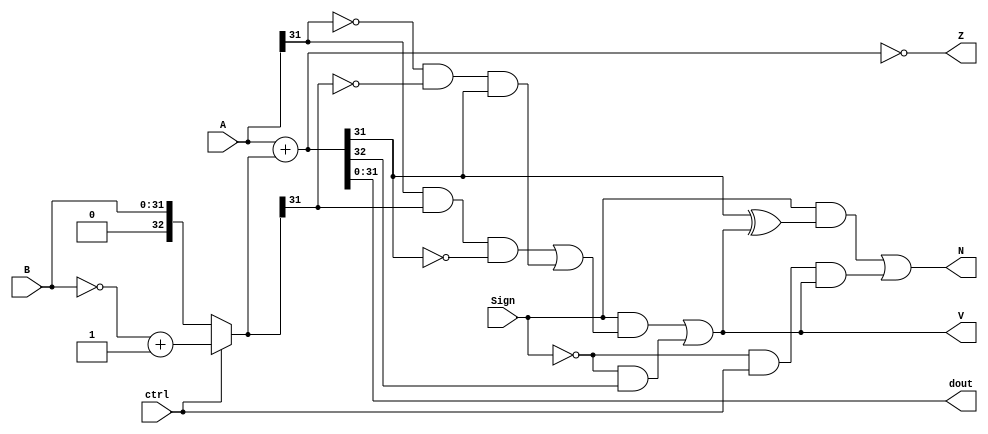
module adder(
    output Z,  // Zero.
    output V,  // Overflow.
    output N,  // Negative.
    output [31:0] dout,
    input [31:0] A,
    input [31:0] B,
    input ctrl,  // 0 to add, 1 to sub.
    input Sign   // Useless here, because we don't have overflow exception.
);

wire [32:0] num1 = {1'b0, A};
wire [32:0] num2 = ctrl ? (~{1'b0, B} + 1'b1) : {1'b0, B};
wire [32:0] sum = num1 + num2;

assign dout = sum[31:0],
       Z = (sum == 0),
                                                        // Signed:
       V = Sign & ( A[31] &  num2[31] & ~dout[31] |     // neg + neg = pos.
                   ~A[31] & ~num2[31] &  dout[31]) |    // pos + pos = neg.
           ~Sign & sum[32],  // Unsigned: out of range.
       N = Sign & (dout[31] ^ V) |  // Signed:   neg ^ overflow.
           ~Sign & ctrl & V;        // Unsigned: sub & overflow.

endmodule